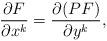
LaTeX: \begin{align*}\frac{\partial F}{\partial x^k} = \frac{\partial (P F)}{\partial y^k},\end{align*}